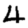
Digit: 4